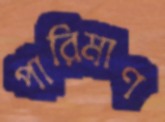
পারিমাণ